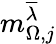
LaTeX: m_{\Omega,j}^{\overline{{\lambda}}}